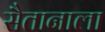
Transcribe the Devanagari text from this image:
सैतानाला